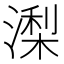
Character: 𣼖